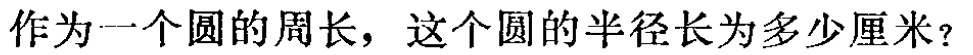
作为一个圆的周长，这个圆的半径长为多少厘米？